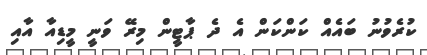
ކުރެވުނު ބައެއް ކަންކަން އެ ދެ ޕާޓީން މިރޭ ވަނީ މީޑިއާ އާއި